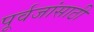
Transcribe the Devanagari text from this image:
पूर्वजांसाठी